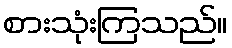
စားသုံးကြသည်။